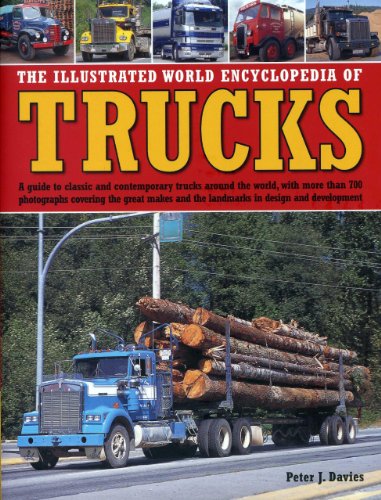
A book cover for The Illustrated World Encyclopedia of Trucks: A Guide to Classic and Contemporary Trucks Around the World, with More than 700 Photographs Covering the ... and the Landmarks in Design and Development; Peter J. Davies; Engineering & Transportation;